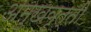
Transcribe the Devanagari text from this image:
अमुखवृत्ती